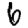
Digit: 6